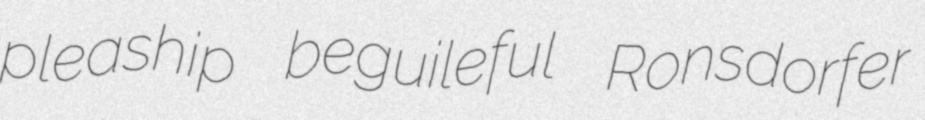
pleaship beguileful Ronsdorfer